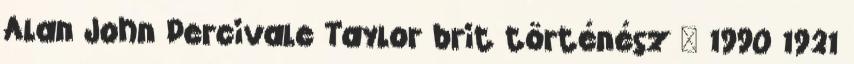
Alan John Percivale Taylor brit történész † 1990 1921